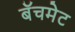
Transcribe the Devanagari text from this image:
बॅचमेट